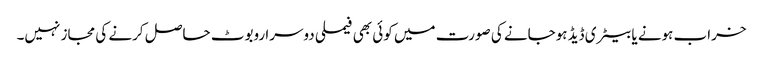
خراب ہونے یا بیٹری ڈیڈ ہوجانے کی صورت میں کوئی بھی فیملی دوسرا روبوٹ حاصل کرنے کی مجاز نہیں۔